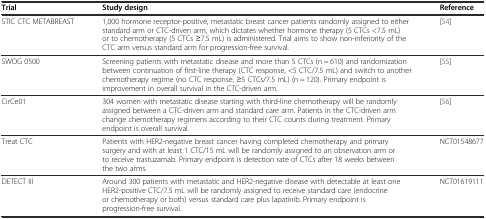
<table><thead><tr><td><b>Trial</b></td><td><b>Study design</b></td><td><b>Reference</b></td></tr></thead><tbody><tr><td>STIC CTC METABREAST</td><td>1,000 hormone receptor-positive, metastatic breast cancer patients randomly assigned to either standard arm or CTC-driven arm, which dictates whether hormone therapy (5 CTCs &lt;7.5 mL) or to chemotherapy (5 CTCs ≥7.5 mL) is administered. Trial aims to show non-inferiority of the CTC arm versus standard arm for progression-free survival.</td><td>[54]</td></tr><tr><td>SWOG 0500</td><td>Screening patients with metastatic disease and more than 5 CTCs (n = 610) and randomization between continuation of first-line therapy (CTC response, &lt;5 CTC/7.5 mL) and switch to another chemotherapy regime (no CTC response, ≥5 CTCs/7.5 mL) (n = 120). Primary endpoint is improvement in overall survival in the CTC-driven arm.</td><td>[55]</td></tr><tr><td>CirCe01</td><td>304 women with metastatic disease starting with third-line chemotherapy will be randomly assigned between a CTC-driven arm and standard care arm. Patients in the CTC-driven arm change chemotherapy regimens according to their CTC counts during treatment. Primary endpoint is overall survival.</td><td>[56]</td></tr><tr><td>Treat CTC</td><td>Patients with HER2-negative breast cancer having completed chemotherapy and primary surgery and with at least 1 CTC/15 mL will be randomly assigned to an observation arm or to receive trastuzamab. Primary endpoint is detection rate of CTCs after 18 weeks between the two arms.</td><td>NCT01548677</td></tr><tr><td>DETECT III</td><td>Around 300 patients with metastatic and HER2-negative disease with detectable at least one HER2-positive CTC/7.5 mL will be randomly assigned to receive standard care (endocrine or chemotherapy or both) versus standard care plus lapatinib. Primary endpoint is progression-free survival.</td><td>NCT01619111</td></tr></tbody></table>